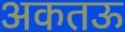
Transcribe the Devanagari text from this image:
अकतऊ